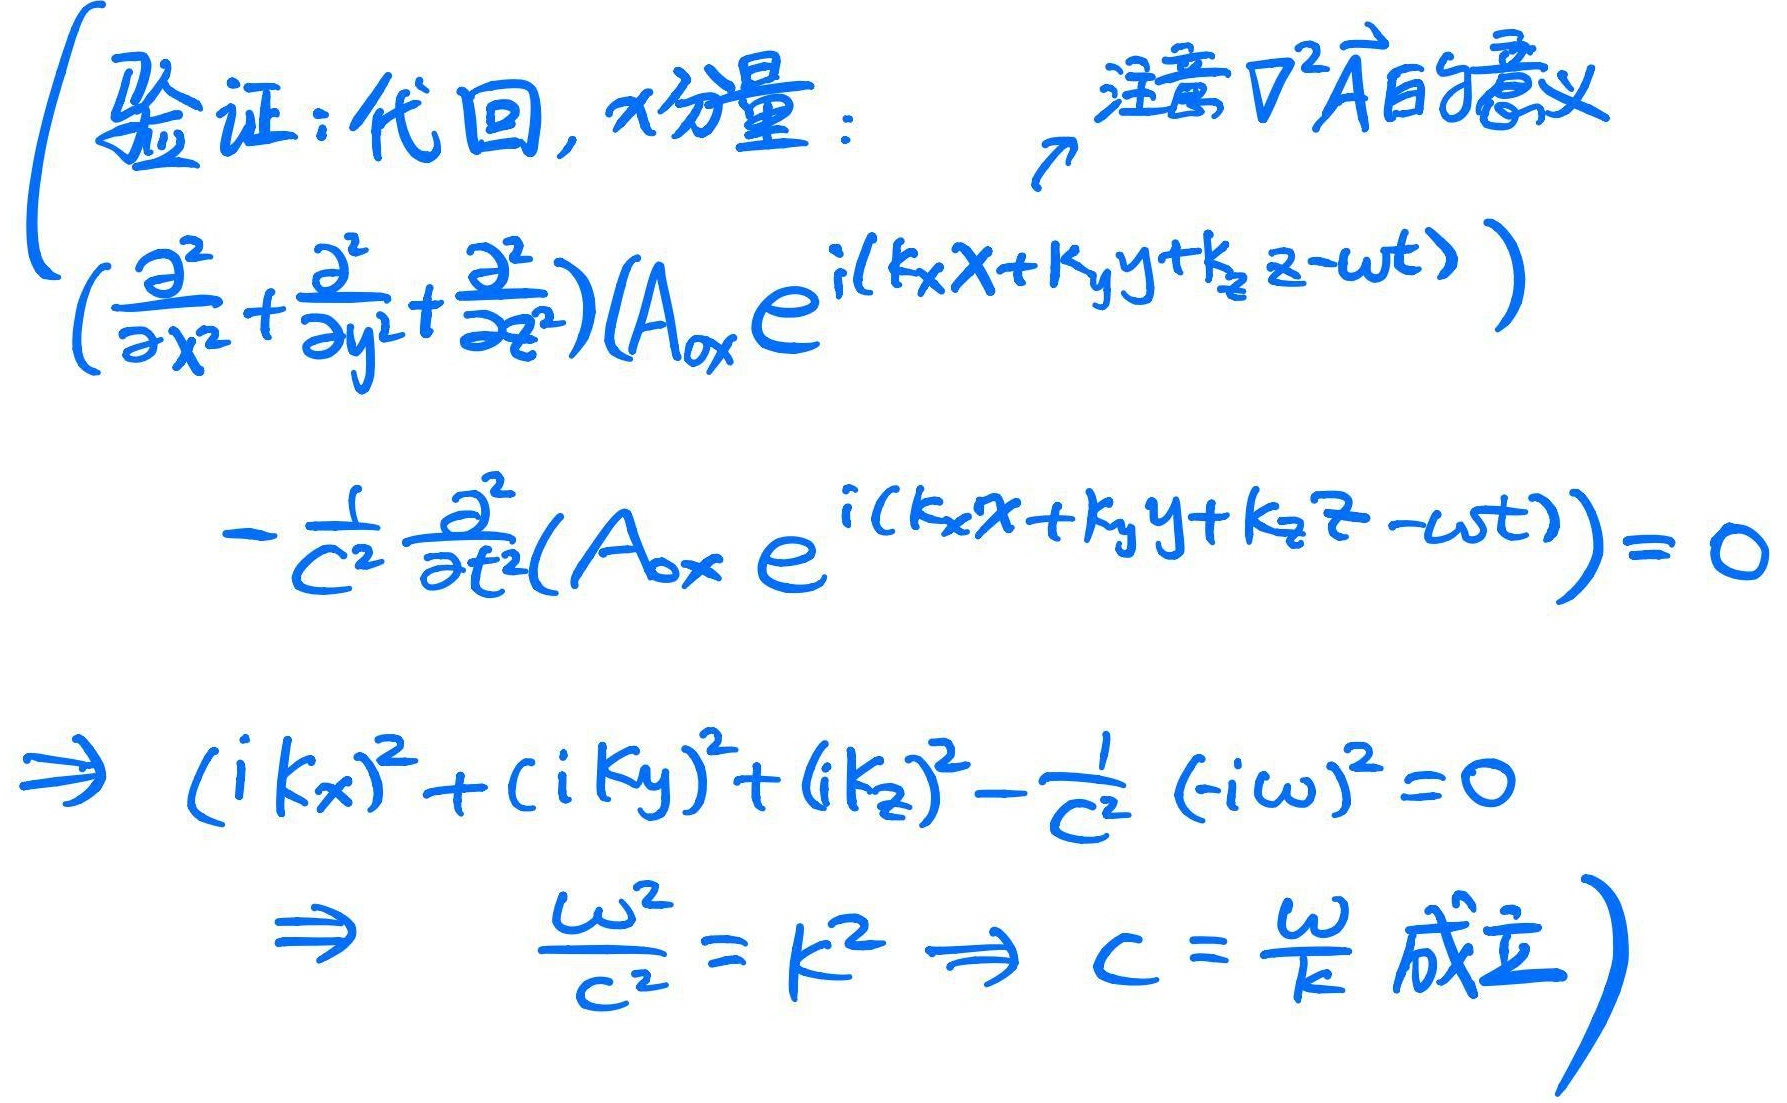
(验证：代回，$x$分量：
\[
\begin{align*}
&(\frac{\partial^{2}}{\partial x^{2}}+\frac{\partial^{2}}{\partial y^{2}}+\frac{\partial^{2}}{\partial z^{2}})(A_{0x}e^{i(k_{x}x + k_{y}y + k_{z}z-\omega t)})\\
&-\frac{1}{c^{2}}\frac{\partial^{2}}{\partial t^{2}}(A_{0x}e^{i(k_{x}x + k_{y}y + k_{z}z-\omega t)}) = 0\\
\Rightarrow&(ik_{x})^{2}+(ik_{y})^{2}+(ik_{z})^{2}-\frac{1}{c^{2}}(-i\omega)^{2}=0\\
\Rightarrow&\frac{\omega^{2}}{c^{2}}=k^{2}\Rightarrow c = \frac{\omega}{k}\text{ 成立}
\end{align*}
\]